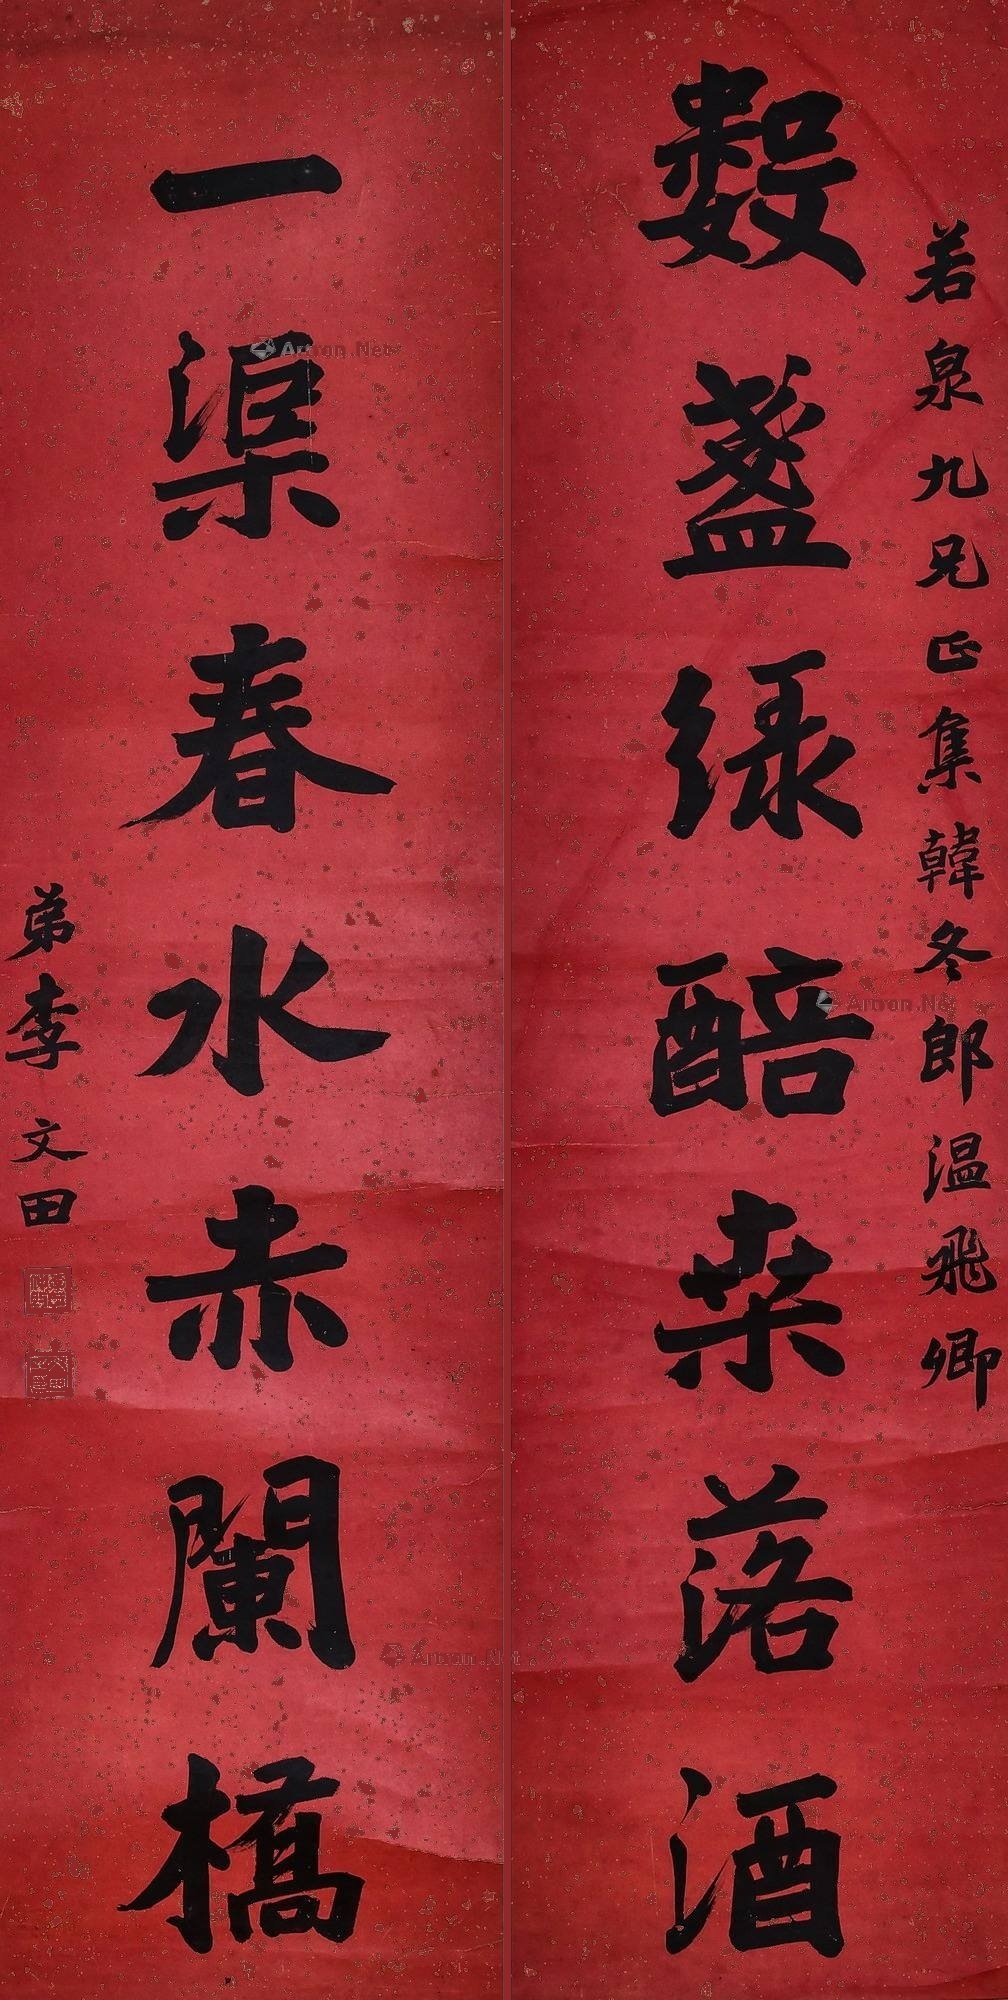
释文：数盏绿醅桑落酒，一渠春水赤栏桥。若泉九兄正集韩冬郎温飞卿，弟李文田。